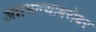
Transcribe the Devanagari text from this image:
अन्नधान्याबरोबर